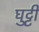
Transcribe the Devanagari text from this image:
घुट्टी